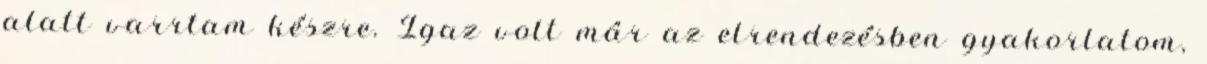
alatt varrtam készre. Igaz volt már az elrendezésben gyakorlatom,